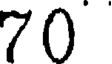
70